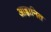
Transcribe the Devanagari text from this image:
आह्वानित